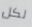
لكل